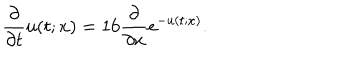
\frac { \partial } { \partial t } u ( t ; x ) = 1 6 \frac { \partial } { \partial x } e ^ { - u ( t ; x ) } .